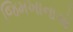
જિમખાનાએ